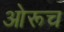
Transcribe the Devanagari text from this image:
ओरूच